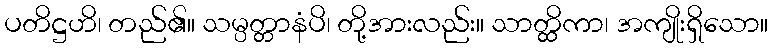
ပတိဋ္ဌဟိ၊ တည်၏။ သမ္ပတ္တာနံပိ၊ တို့အားလည်း။ သာတ္ထိကာ၊ အကျိုးရှိသော။